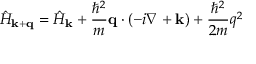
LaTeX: { \hat { H } } _ { \mathbf { k } + \mathbf { q } } = { \hat { H } } _ { \mathbf { k } } + { \frac { \hbar ^ { 2 } } { m } } \mathbf { q } \cdot ( - i \nabla + \mathbf { k } ) + { \frac { \hbar ^ { 2 } } { 2 m } } q ^ { 2 }